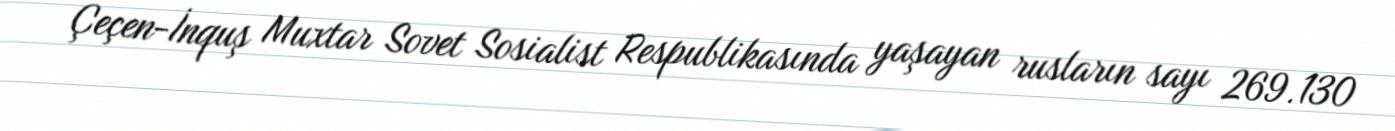
Çeçen-İnquş Muxtar Sovet Sosialist Respublikasında yaşayan rusların sayı 269.130